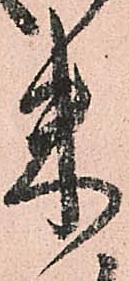
米